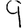
Digit: 9